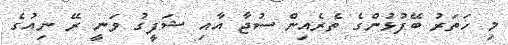
މި ހަތަރު ބޭފުޅުންގެ ތެރެއިން ސުޖާ އާއި ޝަފީގު ވަނީ ރޭ ނިއުގެ